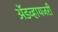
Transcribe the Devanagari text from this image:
ॲडव्हायजरी